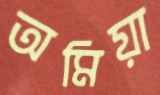
অমিয়া